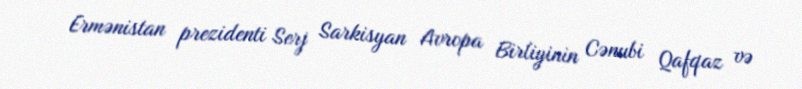
Ermənistan prezidenti Serj Sarkisyan Avropa Birliyinin Cənubi Qafqaz və